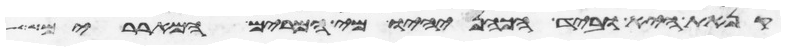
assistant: קנאת היא וביד הכהן יהיו מי המרים המאררים